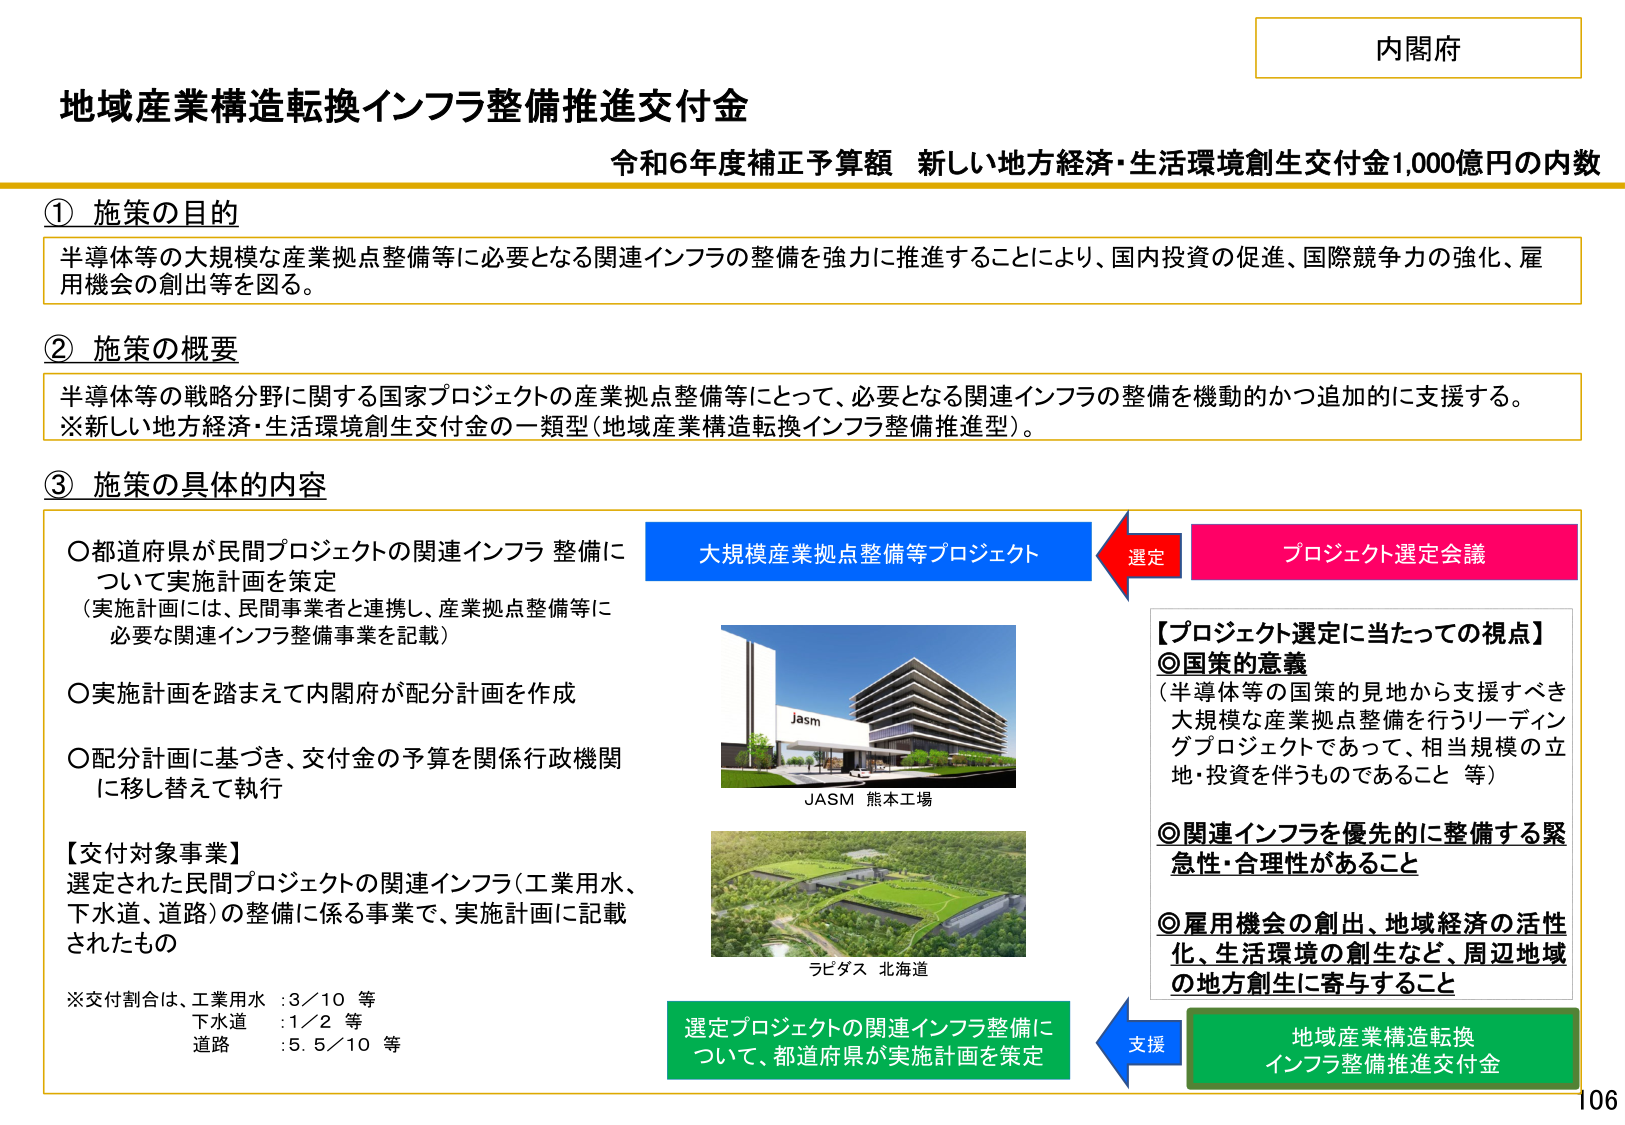
内閣府

地域産業構造転換インフラ整備推進交付金
令和6年度補正予算額 新しい地方経済・生活環境創生交付金1,000億円の内数

① 施策の目的
半導体等の大規模な産業拠点整備等に必要となる関連インフラの整備を強力に推進することにより、国内投資の促進、国際競争力の強化、雇用機会の創出等を図る。

② 施策の概要
半導体等の戦略分野に関する国家プロジェクトの産業拠点整備等にとって、必要となる関連インフラの整備を機動的かつ追加的に支援する。
※新しい地方経済・生活環境創生交付金の一類型（地域産業構造転換インフラ整備推進型）。

③ 施策の具体的内容
○都道府県が民間プロジェクトの関連インフラ整備について実施計画を策定
（実施計画には、民間事業者と連携し、産業拠点整備等に必要な関連インフラ整備事業を記載）

○実施計画を踏まえて内閣府が配分計画を作成

○配分計画に基づき、交付金の予算を関係行政機関に移し替えて執行

【交付対象事業】
選定された民間プロジェクトの関連インフラ（工業用水、下水道、道路）の整備に係る事業で、実施計画に記載されたもの

※交付割合は、工業用水 ：3／10 等
下水道 ：1／2 等
道路 ：5.5／10 等

大規模産業拠点整備等プロジェクト
選定
プロジェクト選定会議

【プロジェクト選定に当たっての視点】
◎国策の意義
（半導体等の国策的見地から支援すべき大規模な産業拠点整備を行うリーディングプロジェクトであって、相当規模の立地・投資を伴うものであること 等）

◎関連インフラを優先的に整備する緊急性・合理性があること

◎雇用機会の創出、地域経済の活性化、生活環境の創生など、周辺地域の地方創生に寄与すること

JASM 熊本工場
ラピダス 北海道

選定プロジェクトの関連インフラ整備について、都道府県が実施計画を策定
支援
地域産業構造転換
インフラ整備推進交付金

106